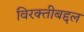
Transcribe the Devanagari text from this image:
विरक्तीबद्दल